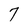
Character: 7